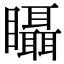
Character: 𥍉